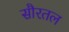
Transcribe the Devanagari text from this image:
सौरतल